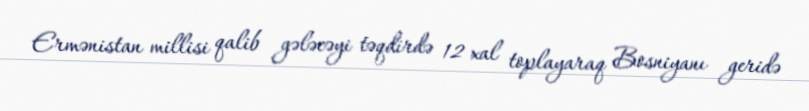
Ermənistan millisi qalib gələcəyi təqdirdə 12 xal toplayaraq Bosniyanı geridə